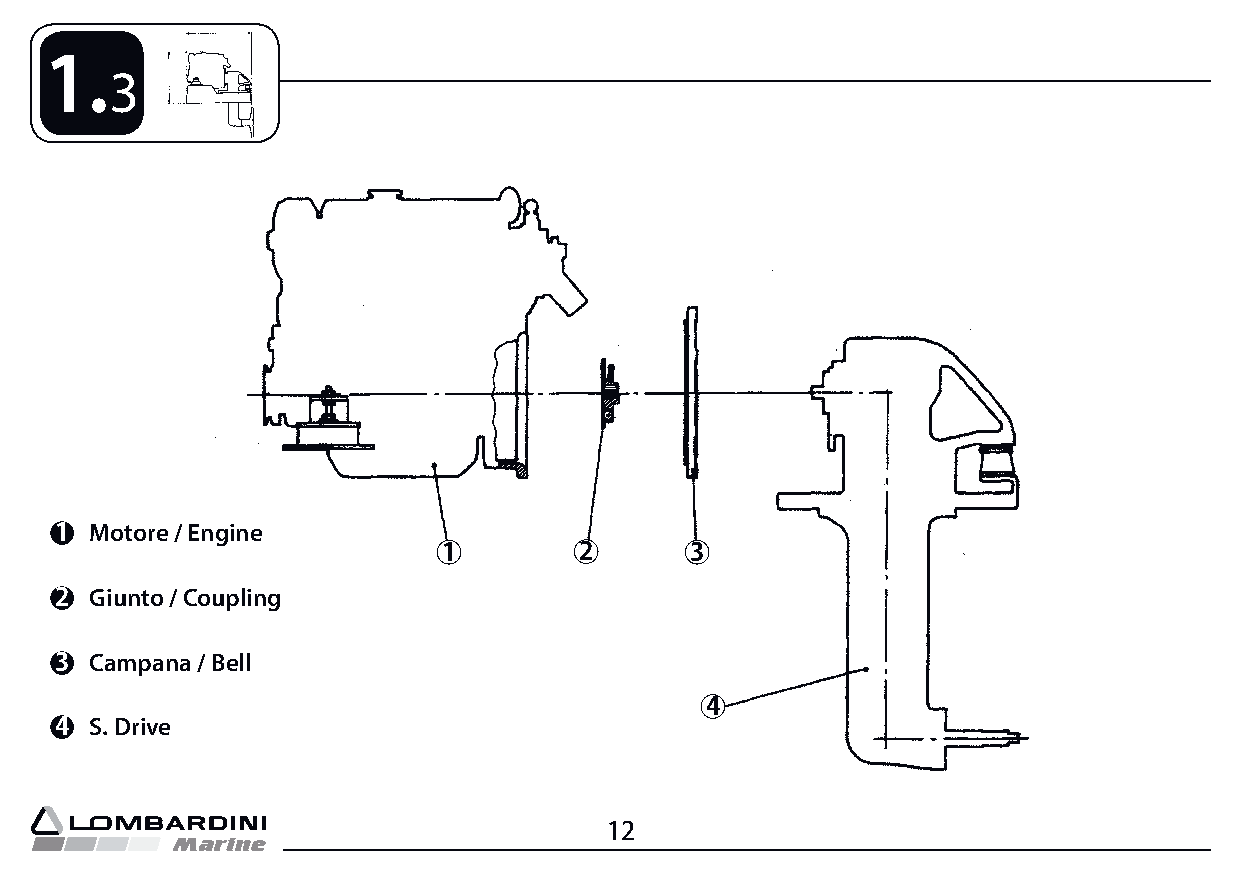
1.
 3
 1 Motore / Engine
 1        2       3
 2 Giunto / Coupling
 3 Campana / Bell
 4
 4 S. Drive
 12